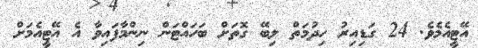
އޭޓީއެމެވެ. 24 ގަޑިއިރު ހިދުމަތް ލިބޭ ގޮތަށް ބަހައްޓަން ނިންމާފައިވާ އެ އޭޓީއެމަށް